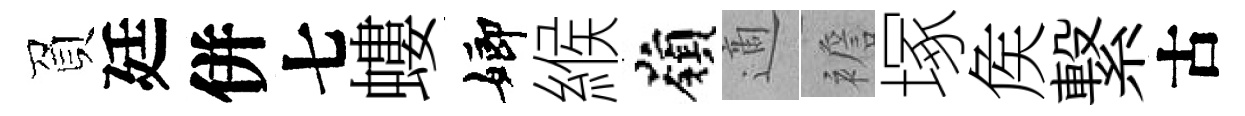
負廷併七螻嫏緱嶺適襜塚矦繋古